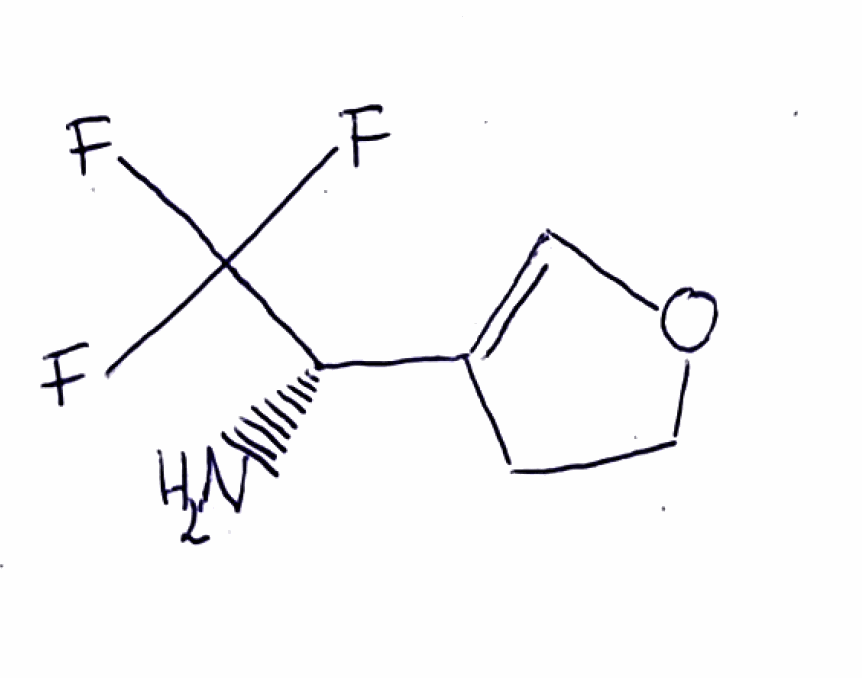
Simplified molecular-input line-entry system (SMILES) notation of the given molecule:
C1COC=C1[C@@H](C(F)(F)F)N